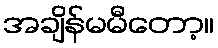
အချိန်မမီတော့။